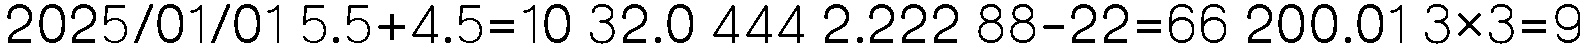
2025/01/01 5.5+4.5=10 32.0 444 2.222 88-22=66 200.01 3×3=9